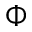
\Phi